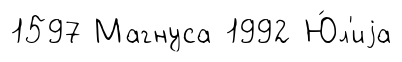
1597 Магнуса 1992 Ю́л'иjа